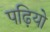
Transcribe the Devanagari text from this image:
पढ़ियो